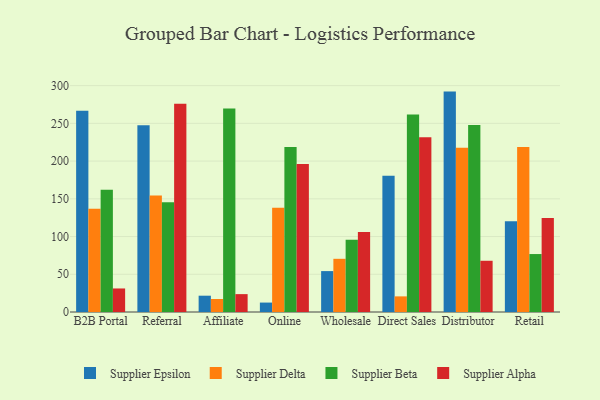
{"axis": {"x": "Channel", "y": "Humidity (%)"}, "legend": ["Supplier Alpha", "Supplier Beta", "Supplier Delta", "Supplier Epsilon"], "data": [{"x": "B2B Portal", "y": 266.8, "type": "Supplier Epsilon"}, {"x": "B2B Portal", "y": 136.7, "type": "Supplier Delta"}, {"x": "B2B Portal", "y": 162.0, "type": "Supplier Beta"}, {"x": "B2B Portal", "y": 31.2, "type": "Supplier Alpha"}, {"x": "Referral", "y": 247.5, "type": "Supplier Epsilon"}, {"x": "Referral", "y": 154.3, "type": "Supplier Delta"}, {"x": "Referral", "y": 145.6, "type": "Supplier Beta"}, {"x": "Referral", "y": 276.0, "type": "Supplier Alpha"}, {"x": "Affiliate", "y": 21.6, "type": "Supplier Epsilon"}, {"x": "Affiliate", "y": 17.2, "type": "Supplier Delta"}, {"x": "Affiliate", "y": 269.6, "type": "Supplier Beta"}, {"x": "Affiliate", "y": 23.7, "type": "Supplier Alpha"}, {"x": "Online", "y": 12.5, "type": "Supplier Epsilon"}, {"x": "Online", "y": 138.2, "type": "Supplier Delta"}, {"x": "Online", "y": 218.8, "type": "Supplier Beta"}, {"x": "Online", "y": 196.3, "type": "Supplier Alpha"}, {"x": "Wholesale", "y": 54.2, "type": "Supplier Epsilon"}, {"x": "Wholesale", "y": 70.5, "type": "Supplier Delta"}, {"x": "Wholesale", "y": 95.6, "type": "Supplier Beta"}, {"x": "Wholesale", "y": 106.1, "type": "Supplier Alpha"}, {"x": "Direct Sales", "y": 180.5, "type": "Supplier Epsilon"}, {"x": "Direct Sales", "y": 20.7, "type": "Supplier Delta"}, {"x": "Direct Sales", "y": 261.7, "type": "Supplier Beta"}, {"x": "Direct Sales", "y": 231.7, "type": "Supplier Alpha"}, {"x": "Distributor", "y": 292.1, "type": "Supplier Epsilon"}, {"x": "Distributor", "y": 217.6, "type": "Supplier Delta"}, {"x": "Distributor", "y": 248.0, "type": "Supplier Beta"}, {"x": "Distributor", "y": 67.9, "type": "Supplier Alpha"}, {"x": "Retail", "y": 120.2, "type": "Supplier Epsilon"}, {"x": "Retail", "y": 218.8, "type": "Supplier Delta"}, {"x": "Retail", "y": 76.8, "type": "Supplier Beta"}, {"x": "Retail", "y": 124.6, "type": "Supplier Alpha"}]}